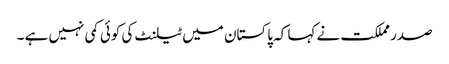
صدر مملکت نے کہا کہ پاکستان میں ٹیلنٹ کی کوئی کمی نہیں ہے ۔